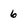
Character: 6